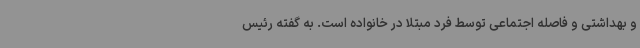
و بهداشتی و فاصله اجتماعی توسط فرد مبتلا در خانواده است. به گفته رئیس